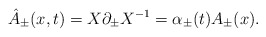
\begin{align*}{\hat A}_{\pm} (x,t) = X \partial _{\pm} X^{-1} = \alpha_{\pm}(t) A_{\pm}(x).\end{align*}